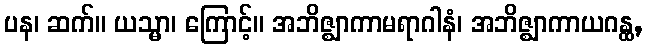
ပန၊ ဆက်။ ယသ္မာ၊ ကြောင့်။ အဘိဇ္ဈာကာမရာဂါနံ၊ အဘိဇ္ဈာကာယဂန္ထ,